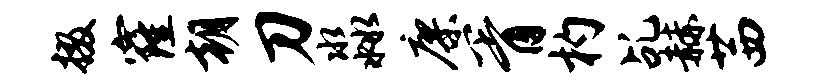
掇窿朝刀淼廖胥杓乩赫茜